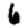
Digit: 6